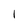
Character: I